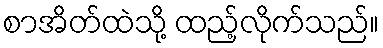
စာအိတ်ထဲသို့ ထည့်လိုက်သည်။